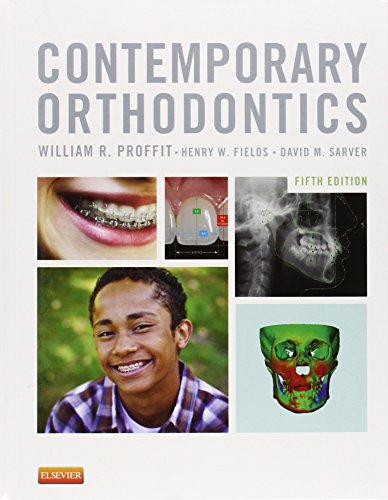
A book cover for Contemporary Orthodontics, 5e; William R. Proffit DDS  PhD; Medical Books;